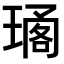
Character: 𤧱